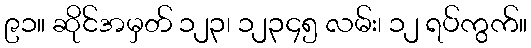
၉၁။ ဆိုင်အမှတ် ၁၂၃၊ ၁၂၃၄၅ လမ်း၊ ၁၂ ရပ်ကွက်။